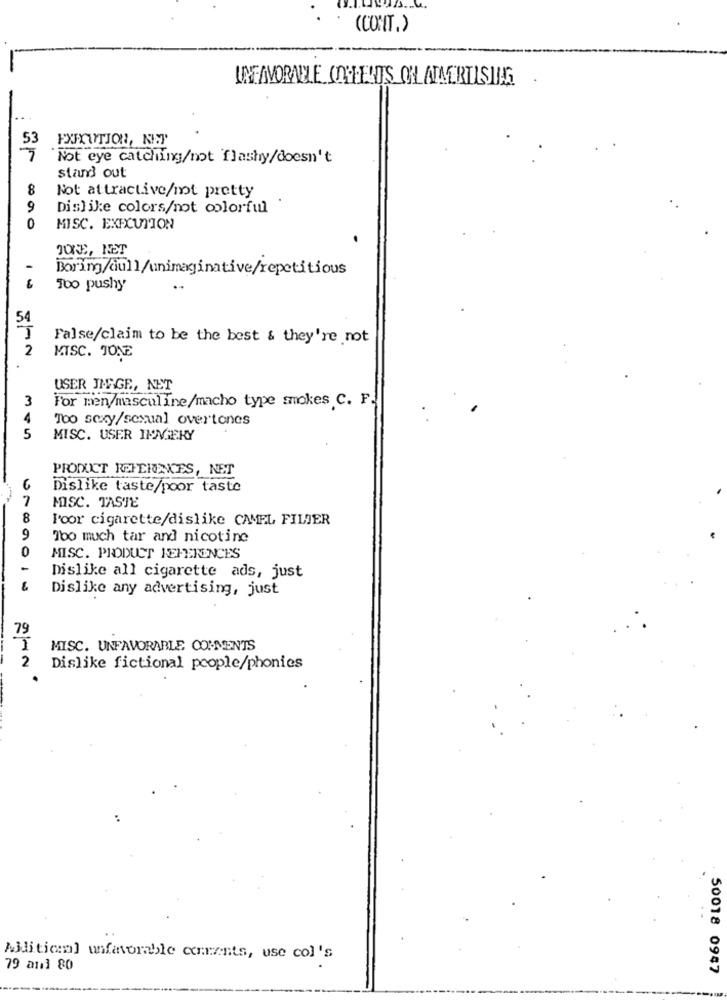
(CONT.)
UNFAVORABLE OOHHELDS OF ATMERTISING
EXXITION, NET
Not eye catching/not flashy/doesn't
stand out
8
Not attractive/mot pretty
9
Dislike colors/not colorful
0
MISC. EXECUTION
JOKE, NET
Boring/dull/unimaginative/repetitious
100 pushy
54
False/claim to be the best & they're not
2
MISC. JONE
USER JNAGE, NET
3
For men/masculine/macho type smokes C. F.
4
Too sexy/sexual overtones
5
MISC. USER IMAGERY
PRODUCT REFERENCES, NET
Dislike taste/poor taste
7
MISC. TASTE
8
Poor cigarette/dislike CAMEL FILIER
9
Too much tar and nicotine
0
MISC. PRODUCT REFERENCES
Dislike all cigarette ads, just
Dislike any advertising, just
79
MISC. UNFAVORABLE COMMENTS
2
Dislike fictional people/phonies
Aiditicmal uifavorable cents, use col's
79 anl 80
50018 0947